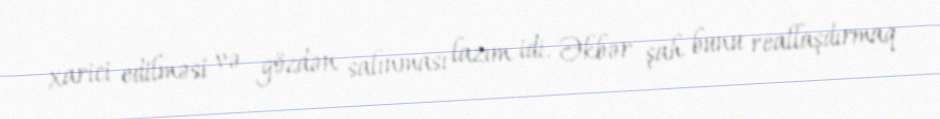
xarici edilməsi və gözdən salınması lazım idi. Əkbər şah bunu reallaşdırmaq